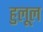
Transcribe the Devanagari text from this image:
हुलूल